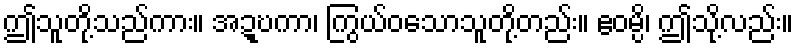
ဤသူတို့သည်ကား။ အဍ္ဎကာ၊ ကြွယ်ဝသောသူတို့တည်း။ ဧဝမ္ပိ၊ ဤသို့လည်း။